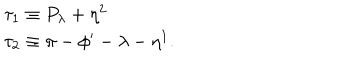
LaTeX: \begin{array} { l } { { \tau _ { 1 } \equiv P _ { \lambda } + \eta ^ { 2 } } } \\ { { \tau _ { 2 } \equiv \pi - \phi ^ { \prime } - \lambda - \eta ^ { 1 } . } } \\ \end{array}